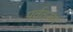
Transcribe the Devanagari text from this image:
पर्वतरूप